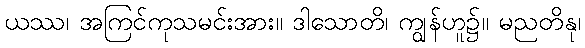
ယဿ၊ အကြင်ကုသမင်းအား။ ဒါသောတိ၊ ကျွန်ဟူ၌။ မညတိနု၊